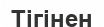
Тігінен